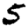
Digit: 5